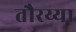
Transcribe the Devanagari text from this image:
तौरय्या